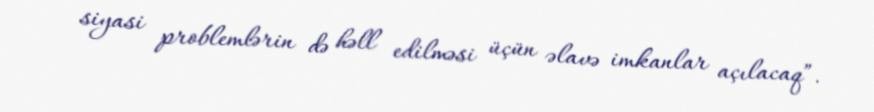
siyasi problemlərin də həll edilməsi üçün əlavə imkanlar açılacaq”.